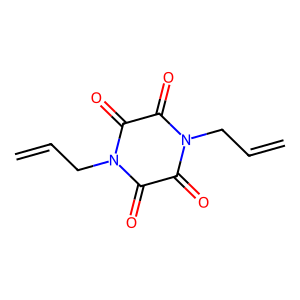
SMILES: C=CCN1C(=O)C(=O)N(CC=C)C(=O)C1=O
Inhibits HIV replication: No